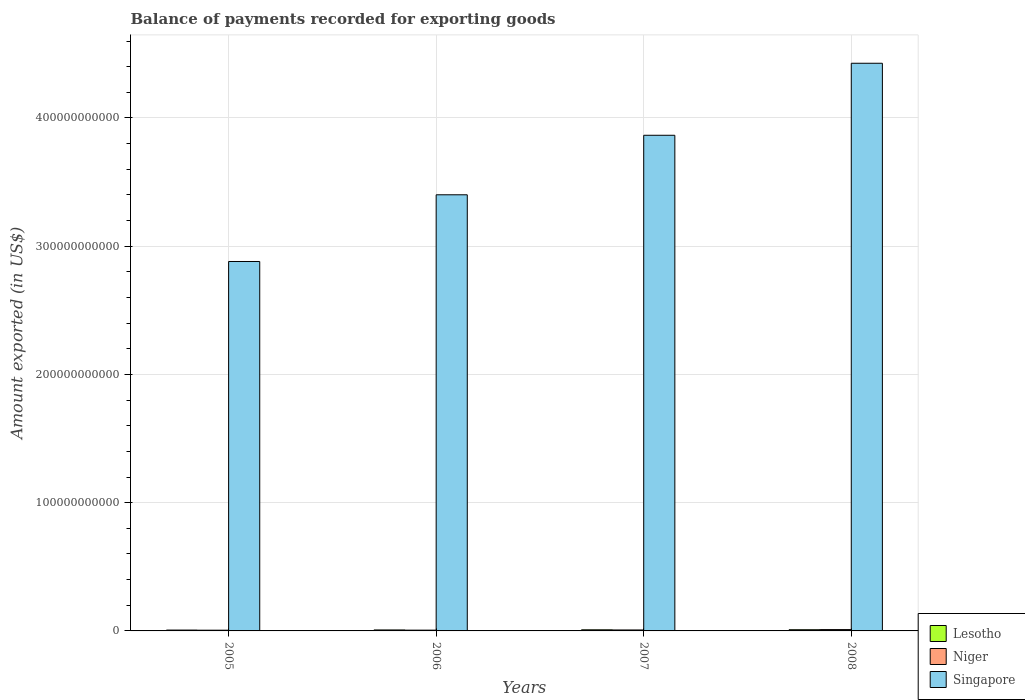
| Years | Lesotho | Niger | Singapore |
 | --- | --- | --- | --- |
 | 2005 | 6.68e+08 | 5.65e+08 | 2.88e+11 |
 | 2006 | 7.57e+08 | 5.99e+08 | 3.4e+11 |
 | 2007 | 8.72e+08 | 7.47e+08 | 3.86e+11 |
 | 2008 | 9.32e+08 | 1.04e+09 | 4.43e+11 |